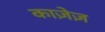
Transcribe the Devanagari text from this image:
काजे़ज़